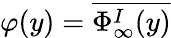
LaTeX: \varphi(y)=\overline{{\Phi_{\infty}^{I}(y)}}